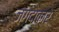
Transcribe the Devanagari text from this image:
जगदाकारे